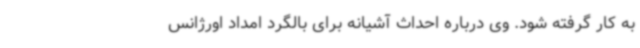
به کار گرفته شود. وی درباره احداث آشیانه برای بالگرد امداد اورژانس